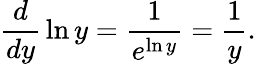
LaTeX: {\frac{d}{dy}}\ln y={\frac{1}{e^{\ln y}}}={\frac{1}{y}}.